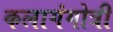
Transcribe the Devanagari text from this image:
कलागंगोत्री